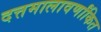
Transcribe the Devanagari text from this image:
दत्तमालावर्णांकित